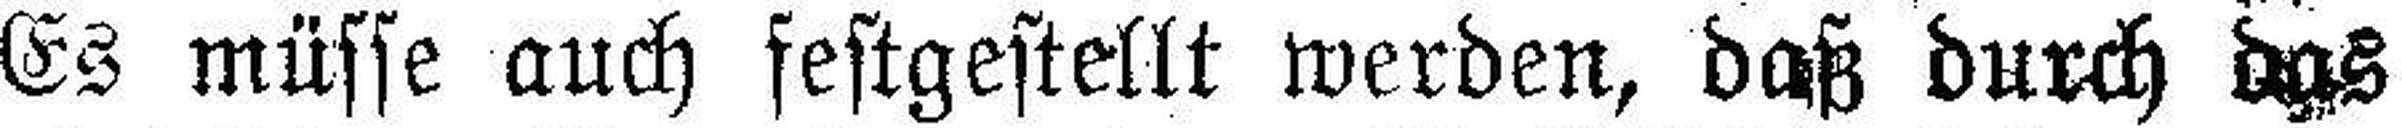
Es müsse auch festgestellt werden, daß durch das